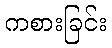
ကစားခြင်း